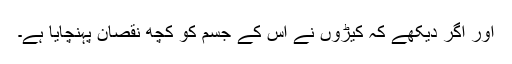
اور اگر دیکھے کہ کیڑوں نے اس کے جسم کو کچھ نقصان پہنچایا ہے۔